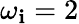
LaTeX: \omega_{\mathbf{i}}=2